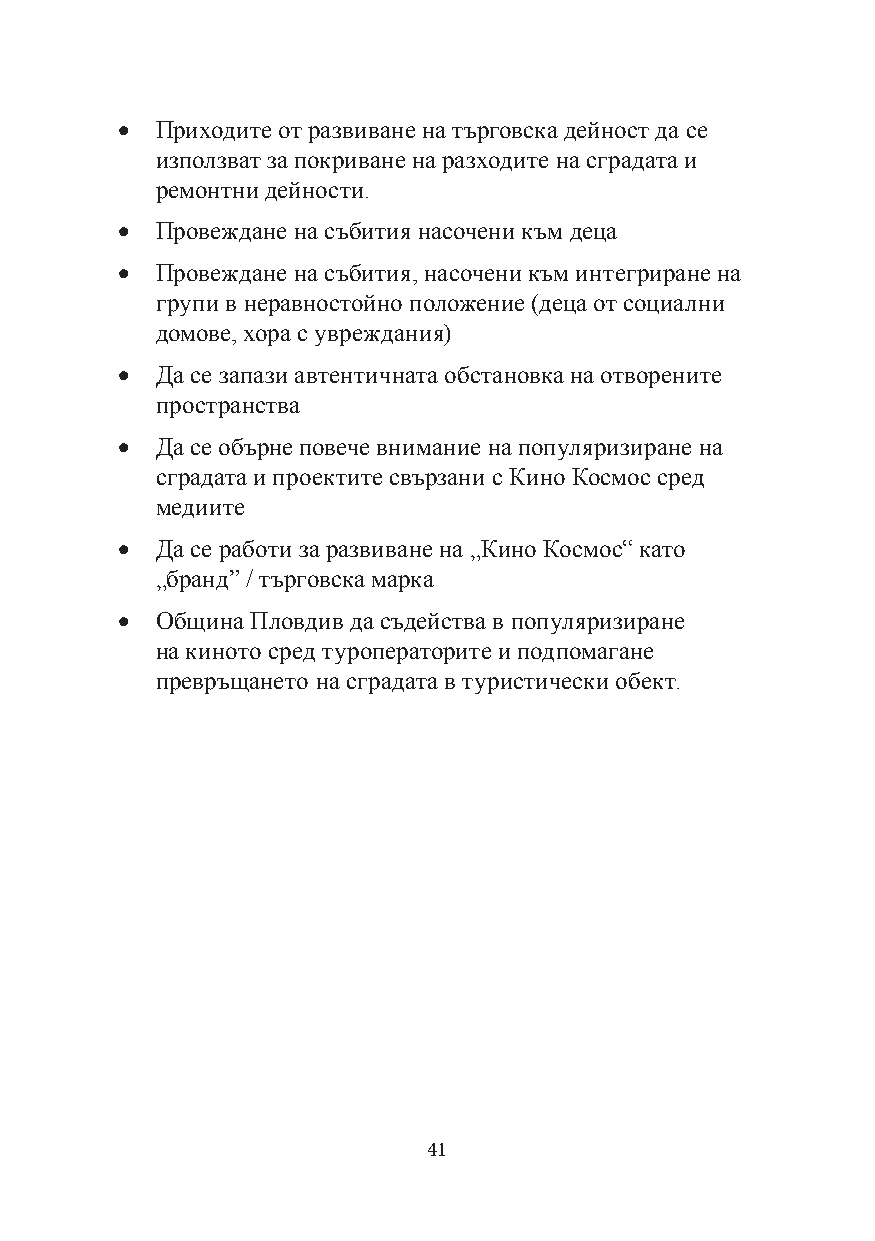
· Приходите от развиване на търговска дейност да се
 използват за покриване на разходите на сградата и
 ремонтни дейности.
 · Провеждане на събития насочени към деца
 · Провеждане на събития, насочени към интегриране на
 групи в неравностойно положение (деца от социални
 домове, хора с увреждания)
 · Да се запази автентичната обстановка на отворените
 пространства
 · Да се обърне повече внимание на популяризиране на
 сградата и проектите свързани с Кино Космос сред
 медиите
 · Да се работи за развиване на „Кино Космос“ като
 „бранд” / търговска марка
 · Община Пловдив да съдейства в популяризиране
 на киното сред туроператорите и подпомагане
 превръщането на сградата в туристически обект.
 41